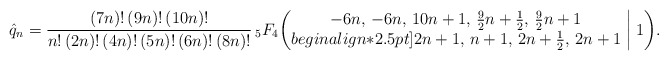
\begin{align*}\hat q_n=\frac{(7n)!\,(9n)!\,(10n)!}{n!\,(2n)!\,(4n)!\,(5n)!\,(6n)!\,(8n)!}\,{}_5F_4\biggl(\begin{matrix} -6n, \, -6n, \, 10n+1, \, \tfrac92n+\tfrac12, \, \tfrac92n+1 \\begin{align*}2.5pt]2n+1, \, n+1, \, 2n+\tfrac12, \, 2n+1 \end{matrix}\biggm|1\biggr).\end{align*}